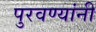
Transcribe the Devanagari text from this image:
पुरवण्यांनी